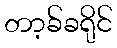
တာ့ခ်ခရိုင်